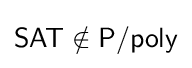
{\mathsf {SAT}}\notin {\mathsf {P/poly}}